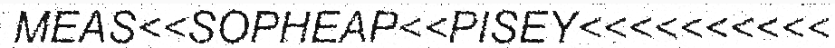
MEAS<<SOPHEAP<<PISEY<<<<<<<<<<